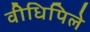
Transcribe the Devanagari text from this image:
वीधिपिले